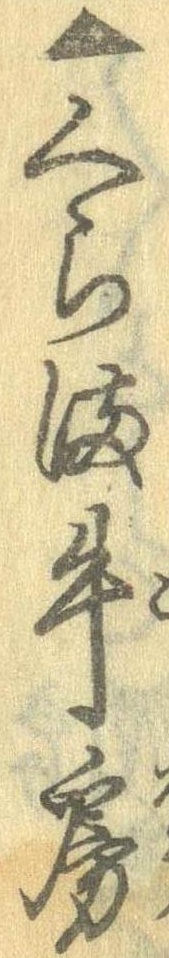
▲くらま牛房